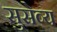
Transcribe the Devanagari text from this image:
सुसेव्य